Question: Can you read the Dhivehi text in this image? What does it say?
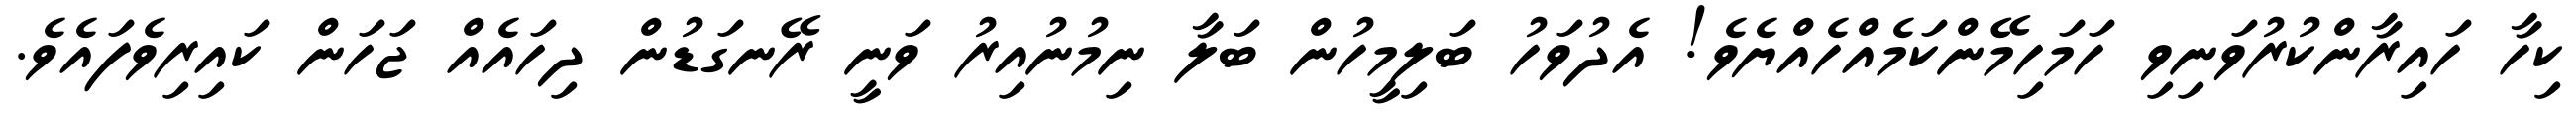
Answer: ކިހާ ހައިރާންކުރުވަނިވި ހަމަހިމޭންކަމެއްހެއްޔެވެ! އެދުވަހު ބަލިމީހުން ބަލާ ނިމުނުއިރު ވަނީ ރޭނގަޑުން ދިހައެއް ޖަހަން ކައިރިވެފައެވެ.